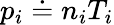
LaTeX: p_{i}\doteq n_{i}T_{i}